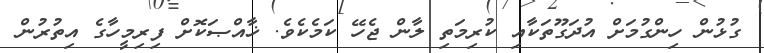
ގުޅުން ހިންގުމަށް އުދަގޫތަކާއި ކުރިމަތި ލާން ޖެހޭ ކަމެކެވެ. ޚާއްޞަކޮށް ފިރިމީހާގެ އިތުރުން